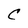
Character: C